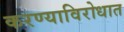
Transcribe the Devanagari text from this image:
करण्याविरोधात